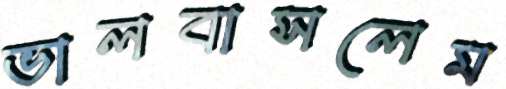
ভালবাসলেম